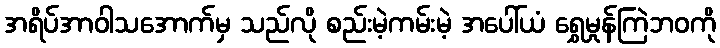
အရိပ်အာဝါသအောက်မှ သည်လို စည်းမဲ့ကမ်းမဲ့ အပေါ်ယံ ရွှေမှုန်ကြဲဘဝကို